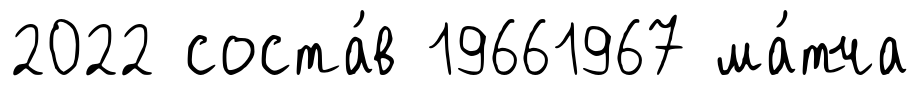
2022 соста́в 19661967 ма́тча